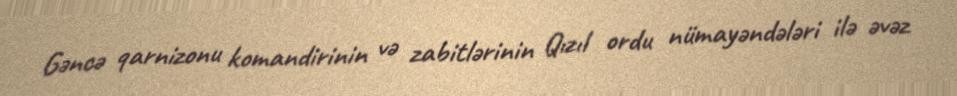
Gəncə qarnizonu komandirinin və zabitlərinin Qızıl ordu nümayəndələri ilə əvəz